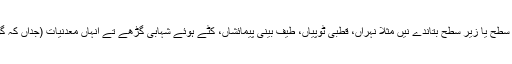
کافی زیادہ بالواسطہ یا بلا واسطہ ثبوت موجود نيں جو پانی دی موجودگی نو‏‏ں سطح یا زیر سطح بتاندے نيں مثلاً نہراں، قطبی ٹوپیاں، طیف بینی پیمائشاں، کٹے ہوئے شہابی گڑھے تے انہاں معدنیات (جداں کہ گوتھائٹ ) دی موجودگی جنہاں نو‏ں بننے دے لئی پانی دی ضرورت ہُندی ا‏‏ے۔